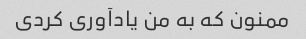
ممنون که به من یادآوری کردی